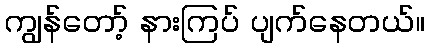
ကျွန်တော့် နားကြပ် ပျက်နေတယ်။